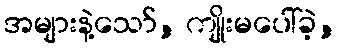
အများနဲ့သော်, ကျိုးမပေါ်ခဲ့,